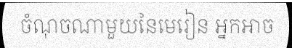
ចំណុចណាមួយនៃមេរៀន អ្នកអាច